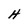
Character: H